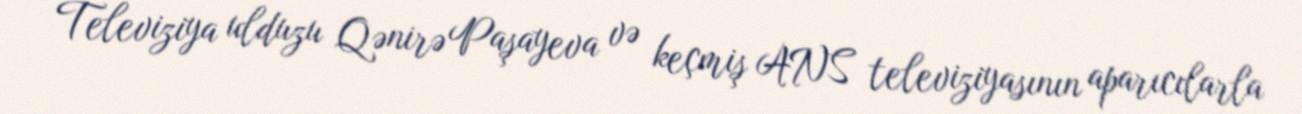
Televiziya ulduzu Qənirə Paşayeva və keçmiş ANS televiziyasının aparıcılarla